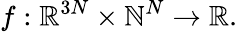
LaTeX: f:\mathbb{R}^{3N}\times\mathbb{N}^{N}\xrightarrow{}\mathbb{R}.